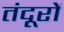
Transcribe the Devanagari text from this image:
तंदूरों